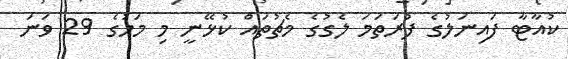
ކުއާޓާ ފައިނަލުގެ ފުރަތަމަ ލެގުގެ މެޗުތައް ކުޅޭނީ މި މަހުގެ 29 ވަނަ